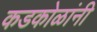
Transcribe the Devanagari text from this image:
कडकोळांनी